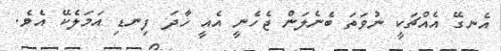
އެނގޭ އެއްޗަކީ ނުވަތަ ބެނެލަން ޖެހެނީ އެއީ ހާދަ ފިނޑި އަމަލެކޭ އެވެ.